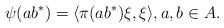
LaTeX: \begin{align*}\psi(ab^*)=\langle \pi(ab^*)\xi,\xi\rangle,a,b\in A.\end{align*}